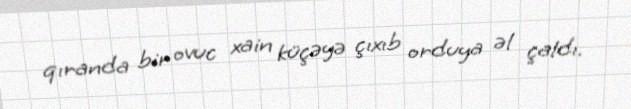
qıranda bir ovuc xain küçəyə çıxıb orduya əl çaldı.